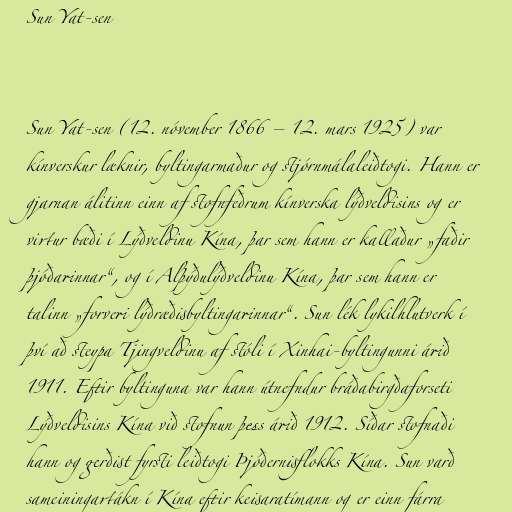
Sun Yat-sen

Sun Yat-sen (12. nóvember 1866 – 12. mars 1925) var
kínverskur læknir, byltingarmaður og stjórnmálaleiðtogi. Hann er
gjarnan álitinn einn af stofnfeðrum kínverska lýðveldisins og er
virtur bæði í Lýðveldinu Kína, þar sem hann er kallaður „faðir
þjóðarinnar“, og í Alþýðulýðveldinu Kína, þar sem hann er
talinn „forveri lýðræðisbyltingarinnar“. Sun lék lykilhlutverk í
því að steypa Tjingveldinu af stóli í Xinhai-byltingunni árið
1911. Eftir byltinguna var hann útnefndur bráðabirgðaforseti
Lýðveldisins Kína við stofnun þess árið 1912. Síðar stofnaði
hann og gerðist fyrsti leiðtogi Þjóðernisflokks Kína. Sun varð
sameiningartákn í Kína eftir keisaratímann og er einn fárra